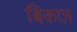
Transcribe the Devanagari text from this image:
बिकाज़